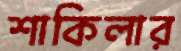
শাকিলার